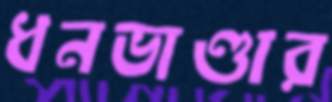
ধনভাণ্ডার